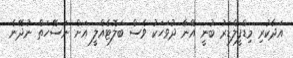
އަދާކުރި މިޑްފީލްޑަރު ބުނީ އޭނާ ދުވަހަކު ވެސް ބަލޮޓެއްލީ އަށް ނަސޭހަތް ނުދޭނެ